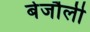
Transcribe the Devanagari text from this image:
बेजौली